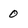
Character: 0